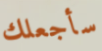
سأجعلك